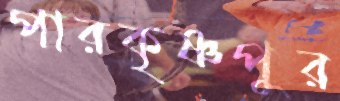
পারকৃষ্ণপুর